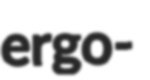
ergo-